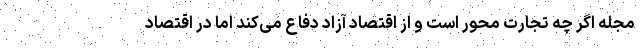
مجله اگر چه تجارت محور است و از اقتصاد آزاد دفاع می‌کند اما در اقتصاد